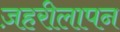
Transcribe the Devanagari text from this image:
ज़हरीलापन